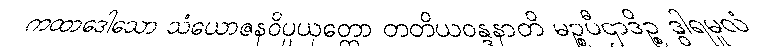
ကထာဒေါသော သံယောဇနဝိပ္ပယုတ္တော တတိယဝန္ဒနာတိ မဉ္စပီဌာဒိဉ္စ ဒွါရမူလံ